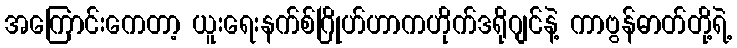
အကြောင်းကေတာ့ ယူးရေးနက်စ်ဂြိုဟ်ဟာကဟိုက်ဒရိုဂျင်နဲ့ ကာဗွန်ဓာတ်တို့ရဲ့